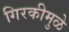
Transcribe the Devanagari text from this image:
गिरकीमुळे